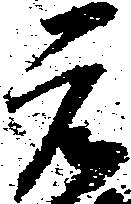
元